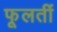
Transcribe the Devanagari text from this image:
फूलतीं